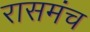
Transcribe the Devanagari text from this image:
रासमंच